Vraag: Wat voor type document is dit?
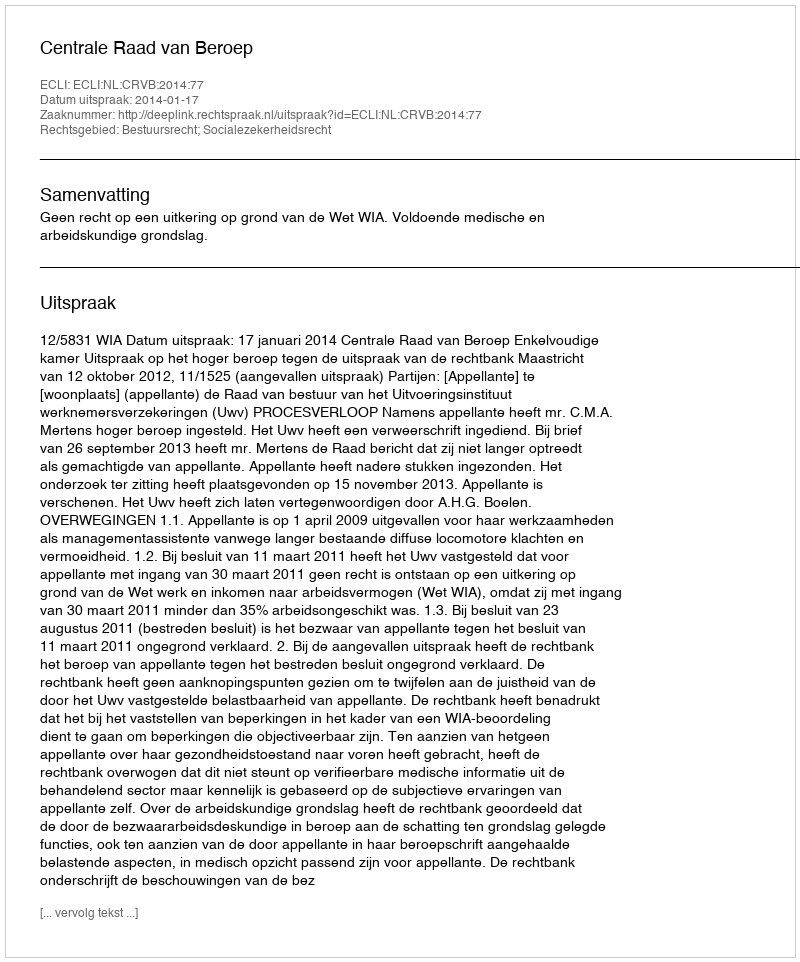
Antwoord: Uitspraak